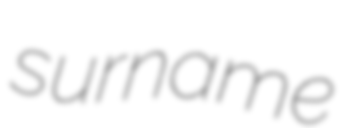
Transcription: surname